Annual administration report of the Civil Veterinary Department of India - 1895-1896
Year: 1895
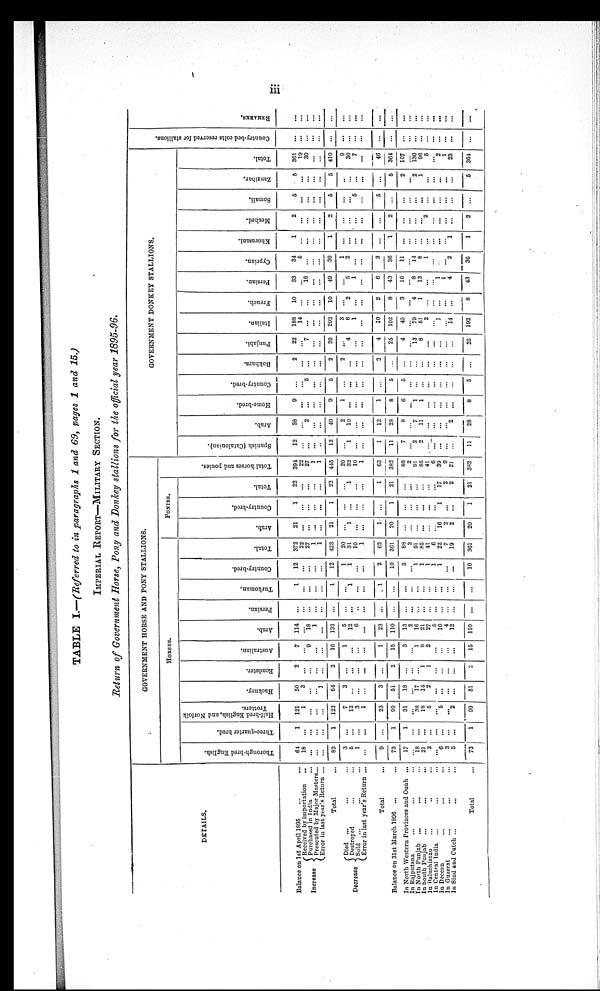
iii
TABLE I.—(Referred to in paragraphs 1 and 69, pages 1 and 15.)
IMPERIAL REPORT-MILITARY SECTION.
Return of Government Horse, Pony and Donkey stallions for the official year 1895-96.
DETAILS.
Balance on 1st April 1895
...
...
Increase
Decrease
Received by importation
...
Purchased in India ...
Presented by Major Masters...
Error in last year's Return ...
Total ...
Died ... ... ...
Destroyed
...
...
sold ... ... ...
Error in last year's Return ...
Total ...
Balance on 31st March 1896 ...
In North Western Provinces and Ouah ...
In Rajputana ... ... ...
In North Punjab ... ... ...
In South Punjab
...
...
...
In Baluchistan ... ... ...
In Central India
...
...
...
In Deccan ... ... ...
In Guzerst ... ... ...
In Sind and Cutch ...
...
...
Total ...
GOVERNMENT HORSE AND PONY STALLIONS.
HORSES.
Thorough-bred English.
64
18
...
...
...
82
3
5
1
...
9
73
17
...
18
21
3
...
6
3
5
73
Three-quarter bred.
1
...
...
...
...
1
...
...
...
...
...
1
1
...
...
...
...
...
...
...
...
1
Half-bred English, and Norfolk
Trotters.
121
1
...
...
...
122
7
12
3
1
23
99
31
... 38
18
5
...
5
......
2
99
Hackney.
50
3
...
...
1
54
3
...
... ...
3
51
18
...
17
14
2
...
...
...
51
Roadster.
2
...
...
...
...
2
...
...
... ...
...
2
...
...
...
1
1
...
...
...
...
2
Australian.
7
...
9
...
...
16
1
...
...
...
1
15
3
...
1
9
2
...
...
...
...
15
Arab.
114
...
18
1
...
133
5
12
6
...
23
110
13
2
16
21
27
5
10
4
12
110
Persian.
...
...
...
...
...
...
...
...
... ...
...
...
...
...
...
...
...
...
...
...
...
...
Turkoman.
1
...
...
...
...
1
...
1
... ...
1
...
...
...
...
...
...
...
...
...
...
...
Country-bred.
12
...
...
...
...
12
1
1
...
...
2
10
5
...
1
1
1
1
1
...
...
10
Total.
372
22
27
1
1
423
20
31
10 1
62
361
88
2
91
85
41
6
22
7
19
361
PONIES.
Arab.
21
...
...
...
...
21
...
1
... ...
1
20
...
...
...
...
...
...
16
2
2
20
Country-bred.
1
...
...
...
...
1
...
...
... ...
...
1
...
...
...
...
...
...
1
...
...
1
Total.
22
...
...
...
...
22
...
1
... ...
1
21
...
...
...
...
...
17
2
2
21
Total hor s es and ponies.
394
22
27
1
1
445
20
32
10
1
63
382
88
2
91
85
41
6
39
9
21
382
GOVERNMENT DONKEY STALLIONS.
Spanish (Catalonian).
12
...
...
...
...
12
...
1
... ...
1
11
7
... 2
2
...
... ...
...
...
11
Arab.
38
...
2
...
...
40
2
10
... ...
12
28
8
... 7
11
...
...
...
... 2
28
Home-bred.
9
...
...
...
...
9
1
...
... ...
1
8
6
... 1
1
...
...
...
...
8
Country-bred.
...
...
5
...
...
5
...
...
... ...
...
5
5
...
...
...
...
...
...
...
...
5
Bokhara.
2
...
...
...
...
2
2
...
... ...
2
...
...
...
...
...
...
...
...
...
...
...
Punjabi.
22
...
7
...
...
29
...
4
... ...
4
25
4
... 13
8
... ...
...
...
...
25
Italian.
188
14
...
...
...
202
3
6
1
...
10
192
45
... 79
51
2
... 1
... 14
192
French.
10
...
...
...
...
10
...
2
...
...
2
8
3
... 4
1
...
...
...
...
...
8
Persian.
33
...
16 ...
...
49
...
5
1
...
6
43
16
... 8
13
...
... 1
1
4
43
Cyprian.
34
5
...
...
...
39
1
2
...
...
3
36
11
... 14
8
1
...
...
... 2
36
Khorasani.
1
...
...
...
...
1
...
...
...
...
...
1
...
...
...
...
...
...
...
... 1
1
Meshed.
2
...
...
...
...
2
...
...
...
...
...
2
...
...
...
... 2
...
...
...
...
2
Somali.
5
...
...
...
...
5
...
...
5
...
5
...
...
...
... ...
...
...
...
...
...
...
Zanzibar.
5
...
...
...
...
5
...
...
...
...
...
5
2
... 2
1
...
...
...
...
...
5
Total.
361
19
30
...
...
410
9
30
7
...
46
364
107
... 130
96
5
... 2
1
23
364
Count r
y- be d c ol t s r e s e r v e d for stallions.
...
...
...
...
...
...
...
...
...
...
...
...
...
...
...
...
...
...
...
...
...
...
REMARKS.
...
...
...
...
...
...
...
...
...
...
...
...
...
...
...
...
...
...
...
...
...
...